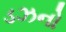
ડઝનો